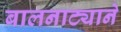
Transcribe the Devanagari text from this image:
बालनाट्याने